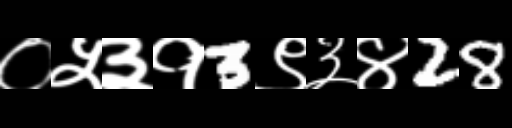
Text: ०५३१3९३४28